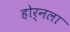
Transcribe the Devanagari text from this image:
होर्नला